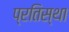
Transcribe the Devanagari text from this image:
प्रतिस्था